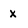
Character: x